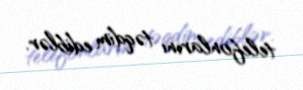
telefonlarını təqdim ediblər.